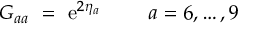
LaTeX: G _ { a a } \ = \ \mathrm { e } ^ { 2 \eta _ { a } } \ \ \ \ \ \mathrm { ~ } \ a = 6 , \ldots , 9